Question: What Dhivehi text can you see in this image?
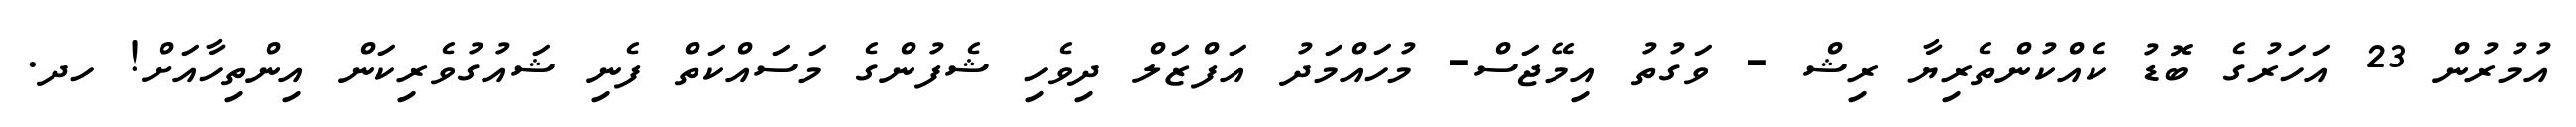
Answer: އުމުރުން 23 އަހަރުގެ ބޮޑު ކެއްކުންތެރިޔާ ރިޝް - ވަގުތު އިމޭޖަސް- މުހައްމަދު އަފްޒަލް ދިވެހި ޝެފުންގެ މަސައްކަތް ފެނި ޝައުގުވެރިކަން އިންތިހާއަށް! ހދ.